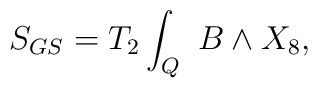
S_{GS}=T_2\int_{Q}\ B \wedge X_8,